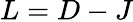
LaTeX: L=D-J